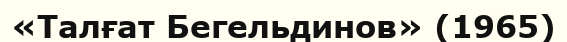
«Талғат Бегельдинов» (1965)